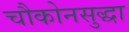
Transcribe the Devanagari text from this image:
चौकोनसुद्धा